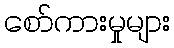
စော်ကားမှုများ